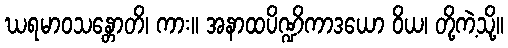
ဃရမာဝသန္တောတိ၊ ကား။ အနာထပိဏ္ဍိကာဒယော ဝိယ၊ တို့ကဲ့သို့။